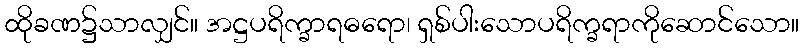
ထိုခဏ၌သာလျှင်။ အဋ္ဌပရိက္ခာရဓရော၊ ရှစ်ပါးသောပရိက္ခရာကိုဆောင်သော။